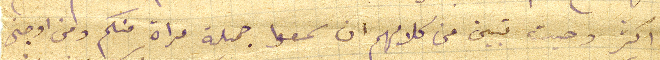
اكثر وحيث تبين من كلامهم ان سمعوا جملة مراة منكم ومن اوجنى